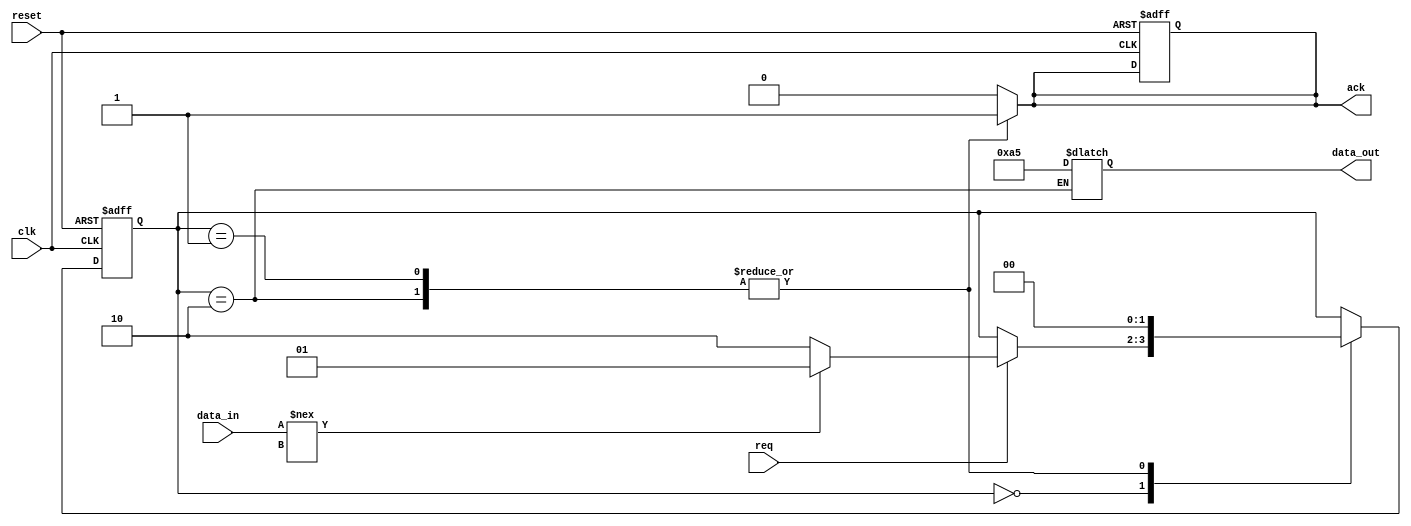
module memory_block_handshake (
    input wire clk,               // Global clock signal (optional for simulation)
    input wire reset,             // Reset signal
    input wire req,               // Request signal from controller
    input wire [7:0] data_in,     // Data input from controller (for write)
    output reg ack,               // Acknowledge signal to controller
    output reg [7:0] data_out     // Data output for controller (for read)
);

    // State enumeration
    reg [1:0] state, next_state;
    localparam IDLE       = 2'b00,
               WRITE_REQ  = 2'b01,
               READ_REQ   = 2'b10;

    // Initial state
    initial begin
        state = IDLE;
        ack = 0;
        data_out = 8'd0;
    end

    // State transition on clock (optional, not necessary for async)
    always @(posedge clk or posedge reset) begin
        if (reset) begin
            state <= IDLE;
            ack <= 0;
        end else begin
            state <= next_state;
        end
    end

    // Next state logic
    always @(*) begin
        // Default next state is current state
        next_state = state;
        ack = 0; // Default ACK is low

        case (state)
            IDLE: begin
                if (req) begin
                    if (data_in !== 8'bx) begin
                        // Assuming that writing data means data_in is valid
                        next_state = WRITE_REQ;
                    end else begin
                        next_state = READ_REQ;
                    end
                end
            end
            
            WRITE_REQ: begin
                // Action for writing data (writing data_in to memory)
                // Assume the memory write operation is successful
                ack = 1; // Acknowledge the write
                next_state = IDLE; // Go back to IDLE
            end
            
            READ_REQ: begin
                // Action for preparing data for read
                // Assume the read operation sets data_out to some value
                data_out = 8'hA5; // For example, read data from memory
                ack = 1; // Acknowledge the read
                next_state = IDLE; // Go back to IDLE
            end
        endcase
    end

endmodule